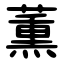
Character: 薫